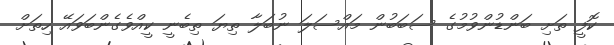
ކޮފީ ތަށި ބަންޑުންވުމުގެ ސަބަބުން މައްސަލަ ނުބަލާ ތިޔަ ތިބެނީ ކީއްވެގެންބަވައޭ ހިތަށް